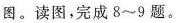
图。读图，完成8~9题。